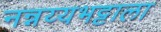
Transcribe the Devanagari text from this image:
नन्नय्यभट्टाला